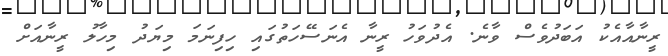
ރީނާއާއެކު އަބަދުވެސް ވާނެ. އެދުވަހު ރީނާ އެނަސޭހަތުގައި ހިފިނަމަ މިޔަދު މިހާލު ރީނާއަށް